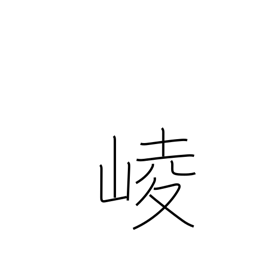
Meaning: mountains towering in a row